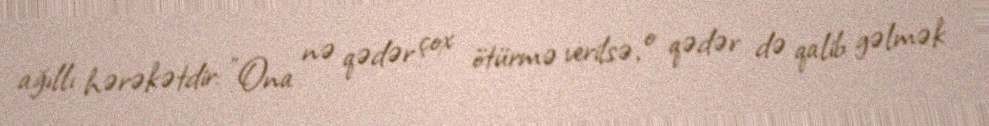
ağıllı hərəkətdir: "Ona nə qədər çox ötürmə verilsə, o qədər də qalib gəlmək